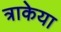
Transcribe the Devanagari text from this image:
त्राकेया